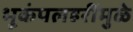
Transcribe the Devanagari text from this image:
भूकंपलहरींमुळे